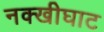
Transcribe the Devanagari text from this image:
नक्खीघाट